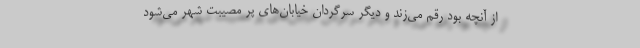
از آنچه بود رقم می‌زند و دیگر سرگردان خیابان‌های پر مصیبت شهر می‌شود